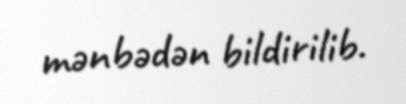
mənbədən bildirilib.